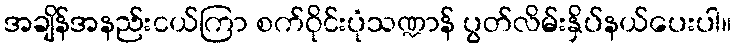
အချိန်အနည်းငယ်ကြာ စက်ဝိုင်းပုံသဏ္ဍာန် ပွတ်လိမ်းနှိပ်နယ်ပေးပါ။